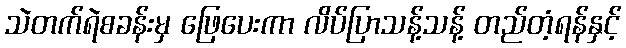
သဲတက်ရဲစခန်းမှ ဖြေပေးကာ လိပ်ပြာသန့်သန့် တည်တံ့ရန်နှင့်